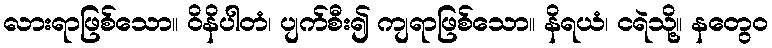
လားရာဖြစ်သော။ ဝိနိပါတံ၊ ပျက်စီး၍ ကျရာဖြစ်သော။ နိရယံ၊ ငရဲသို့။ နတွေဝ